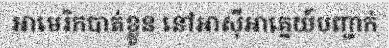
អាមេរិកបាត់ខ្លួន នៅអាស៊ីអាគ្នេយ៍បញ្ជាក់